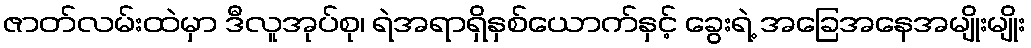
ဇာတ်လမ်းထဲမှာ ဒီလူအုပ်စု၊ ရဲအရာရှိနှစ်ယောက်နှင့် ခွေးရဲ့ အခြေအနေအမျိုးမျိုး